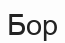
Бор